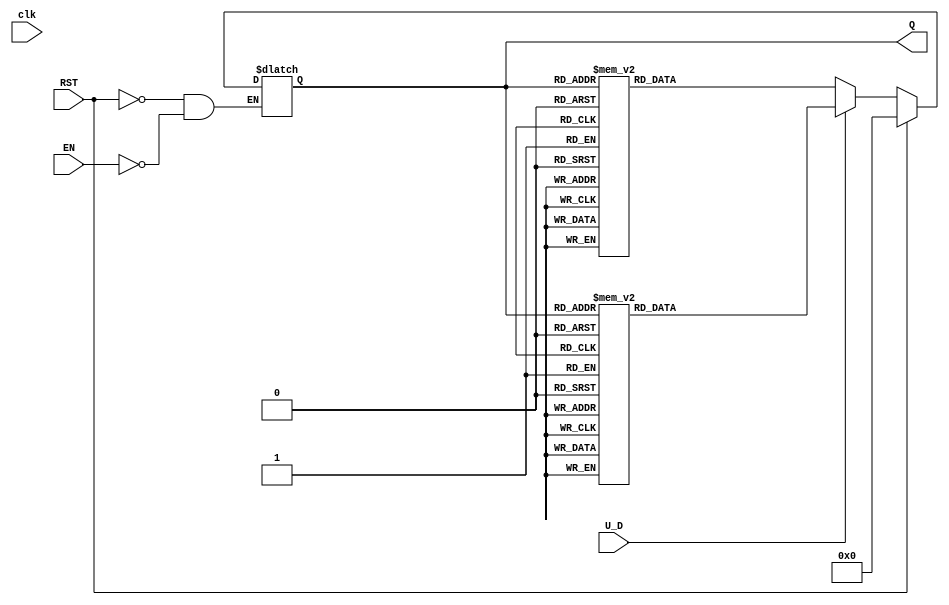
module UpDownCounter (
    input wire clk,        // Clock signal (not used for asynchronous counting)
    input wire RST,       // Asynchronous reset signal
    input wire EN,        // Enable signal
    input wire U_D,       // Up/Down control signal
    output reg [3:0] Q    // 4-bit count value (can be adjusted for wider counts)
);

    // Asynchronous reset and counting logic
    always @(*) begin
        if (RST) begin
            Q <= 4'b0000; // Reset counter to 0
        end else if (EN) begin
            if (U_D) begin
                // Count Up
                case (Q)
                    4'b0000: Q <= 4'b0001;
                    4'b0001: Q <= 4'b0010;
                    4'b0010: Q <= 4'b0011;
                    4'b0011: Q <= 4'b0100;
                    4'b0100: Q <= 4'b0101;
                    4'b0101: Q <= 4'b0110;
                    4'b0110: Q <= 4'b0111;
                    4'b0111: Q <= 4'b1000;
                    4'b1000: Q <= 4'b1001;
                    4'b1001: Q <= 4'b1010;
                    4'b1010: Q <= 4'b1011;
                    4'b1011: Q <= 4'b1100;
                    4'b1100: Q <= 4'b1101;
                    4'b1101: Q <= 4'b1110;
                    4'b1110: Q <= 4'b1111;
                    4'b1111: Q <= 4'b0000; // Wrap around
                    default: Q <= 4'b0000; // Default case
                endcase
            end else begin
                // Count Down
                case (Q)
                    4'b0000: Q <= 4'b1111; // Wrap around
                    4'b0001: Q <= 4'b0000;
                    4'b0010: Q <= 4'b0001;
                    4'b0011: Q <= 4'b0010;
                    4'b0100: Q <= 4'b0011;
                    4'b0101: Q <= 4'b0100;
                    4'b0110: Q <= 4'b0101;
                    4'b0111: Q <= 4'b0110;
                    4'b1000: Q <= 4'b0111;
                    4'b1001: Q <= 4'b1000;
                    4'b1010: Q <= 4'b1001;
                    4'b1011: Q <= 4'b1010;
                    4'b1100: Q <= 4'b1011;
                    4'b1101: Q <= 4'b1100;
                    4'b1110: Q <= 4'b1101;
                    4'b1111: Q <= 4'b1110;
                    default: Q <= 4'b0000; // Default case
                endcase
            end
        end
    end

endmodule